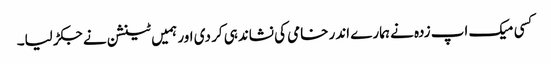
کسی میک اپ زدہ نے ہمارے اندر خامی کی نشاندہی کر دی اور ہمیں ٹینشن نے جکڑ لیا۔